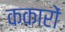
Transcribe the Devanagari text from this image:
ककारों